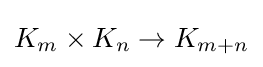
K_{m}\times K_{n}\rightarrow K_{m+n}